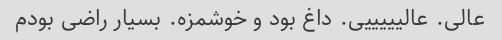
عالی. عالیییییی. داغ بود و خوشمزه. بسیار راضی بودم